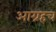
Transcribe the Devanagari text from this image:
आग्रहच